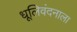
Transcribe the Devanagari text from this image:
धूलिवंदनाला